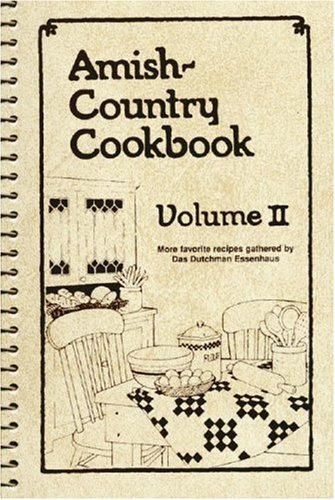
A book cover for Amish-Country Cookbook, Vol. 2; Bob Miller; Cookbooks, Food & Wine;